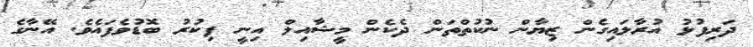
ދަރިފުޅު އުރާލައިގެން ޒިޔާން ނުކުތްތަން ދެކެން މީޝާއިލް އިނީ ފިކުރު ބޮޑުވެފައެވެ. އޭނާގެ